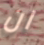
ان